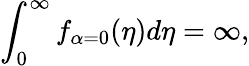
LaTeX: \int_{0}^{\infty}f_{\alpha=0}(\eta)d\eta=\infty,